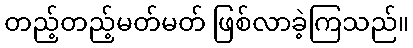
တည့်တည့်မတ်မတ် ဖြစ်လာခဲ့ကြသည်။